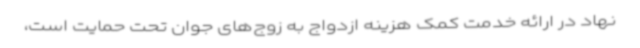
نهاد در ارائه خدمت کمک هزینه ازدواج به زوج‌های جوان تحت حمایت است،